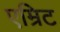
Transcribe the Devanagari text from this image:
एम्रिट